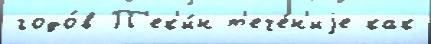
годо́в П'ек'и́н т'ече́н'иjе как